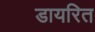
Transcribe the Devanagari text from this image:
डायरित